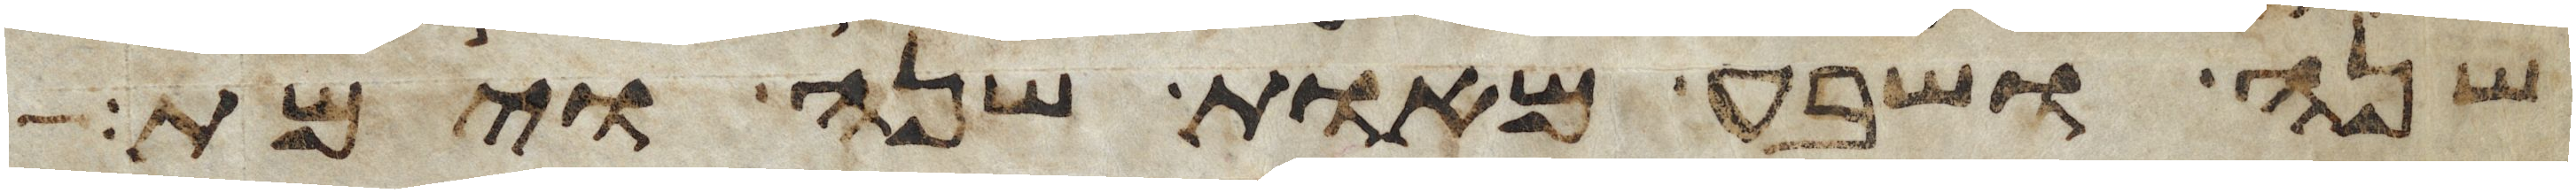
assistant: שנה ושבע מאות שנה וימת